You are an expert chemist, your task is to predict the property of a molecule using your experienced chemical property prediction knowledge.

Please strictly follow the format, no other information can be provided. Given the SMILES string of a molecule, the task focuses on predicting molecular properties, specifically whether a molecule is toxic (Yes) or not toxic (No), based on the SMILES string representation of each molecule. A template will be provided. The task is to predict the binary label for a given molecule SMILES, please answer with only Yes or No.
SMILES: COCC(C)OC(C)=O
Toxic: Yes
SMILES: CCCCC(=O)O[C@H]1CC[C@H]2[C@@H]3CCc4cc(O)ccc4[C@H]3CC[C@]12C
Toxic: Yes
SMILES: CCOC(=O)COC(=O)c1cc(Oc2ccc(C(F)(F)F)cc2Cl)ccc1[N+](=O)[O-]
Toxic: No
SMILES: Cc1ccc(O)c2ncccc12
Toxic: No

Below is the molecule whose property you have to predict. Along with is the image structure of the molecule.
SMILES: COc1ccc2c(C(=O)c3ccc(Cl)cc3)c(C)n(CC(=O)O)c2c1
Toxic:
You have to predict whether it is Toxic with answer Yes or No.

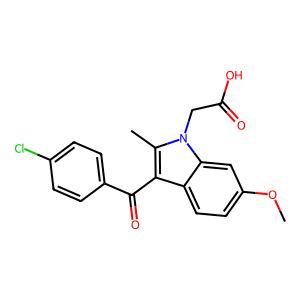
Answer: No